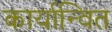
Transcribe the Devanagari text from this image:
कार्यान्‍वित